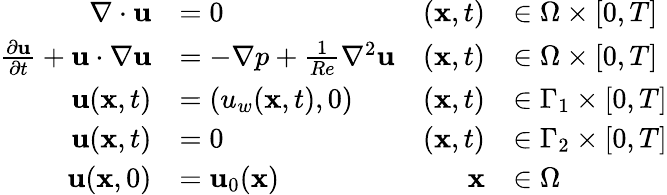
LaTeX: \begin{array}{rlrl}{\nabla\cdot{\mathbf{u}}}&{=0}&{(\mathbf{x},t)}&{\in\Omega\times[0,T]}\\ {\frac{\partial\mathbf{u}}{\partial t}+{\mathbf{u}}\cdot\nabla{\mathbf{u}}}&{=-\nabla p+\frac{1}{Re}{\nabla^{2}}{\mathbf{u}}}&{(\mathbf{x},t)}&{\in\Omega\times[0,T]}\\ {\mathbf{u}(\mathbf{x},t)}&{=(u_{w}(\mathbf{x},t),0)}&{(\mathbf{x},t)}&{\in\Gamma_{1}\times[0,T]}\\ {\mathbf{u}(\mathbf{x},t)}&{=0}&{(\mathbf{x},t)}&{\in\Gamma_{2}\times[0,T]}\\ {\mathbf{u}(\mathbf{x},0)}&{=\mathbf{u}_{0}(\mathbf{x})}&{\mathbf{x}}&{\in\Omega}\end{array}